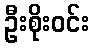
ဦးစိုးဝင်း